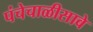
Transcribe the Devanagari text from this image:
पंचेचाळीसावे